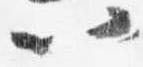
以